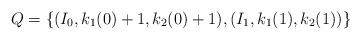
LaTeX: \begin{align*}Q=\{(I_0, k_1(0)+1,k_2(0)+1), (I_1,k_1(1),k_2(1))\}\end{align*}